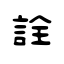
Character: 詮